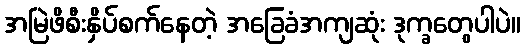
အမြဲဖိစီးနှိပ်စက်နေတဲ့ အခြေခံအကျဆုံး ဒုက္ခတွေပါပဲ။